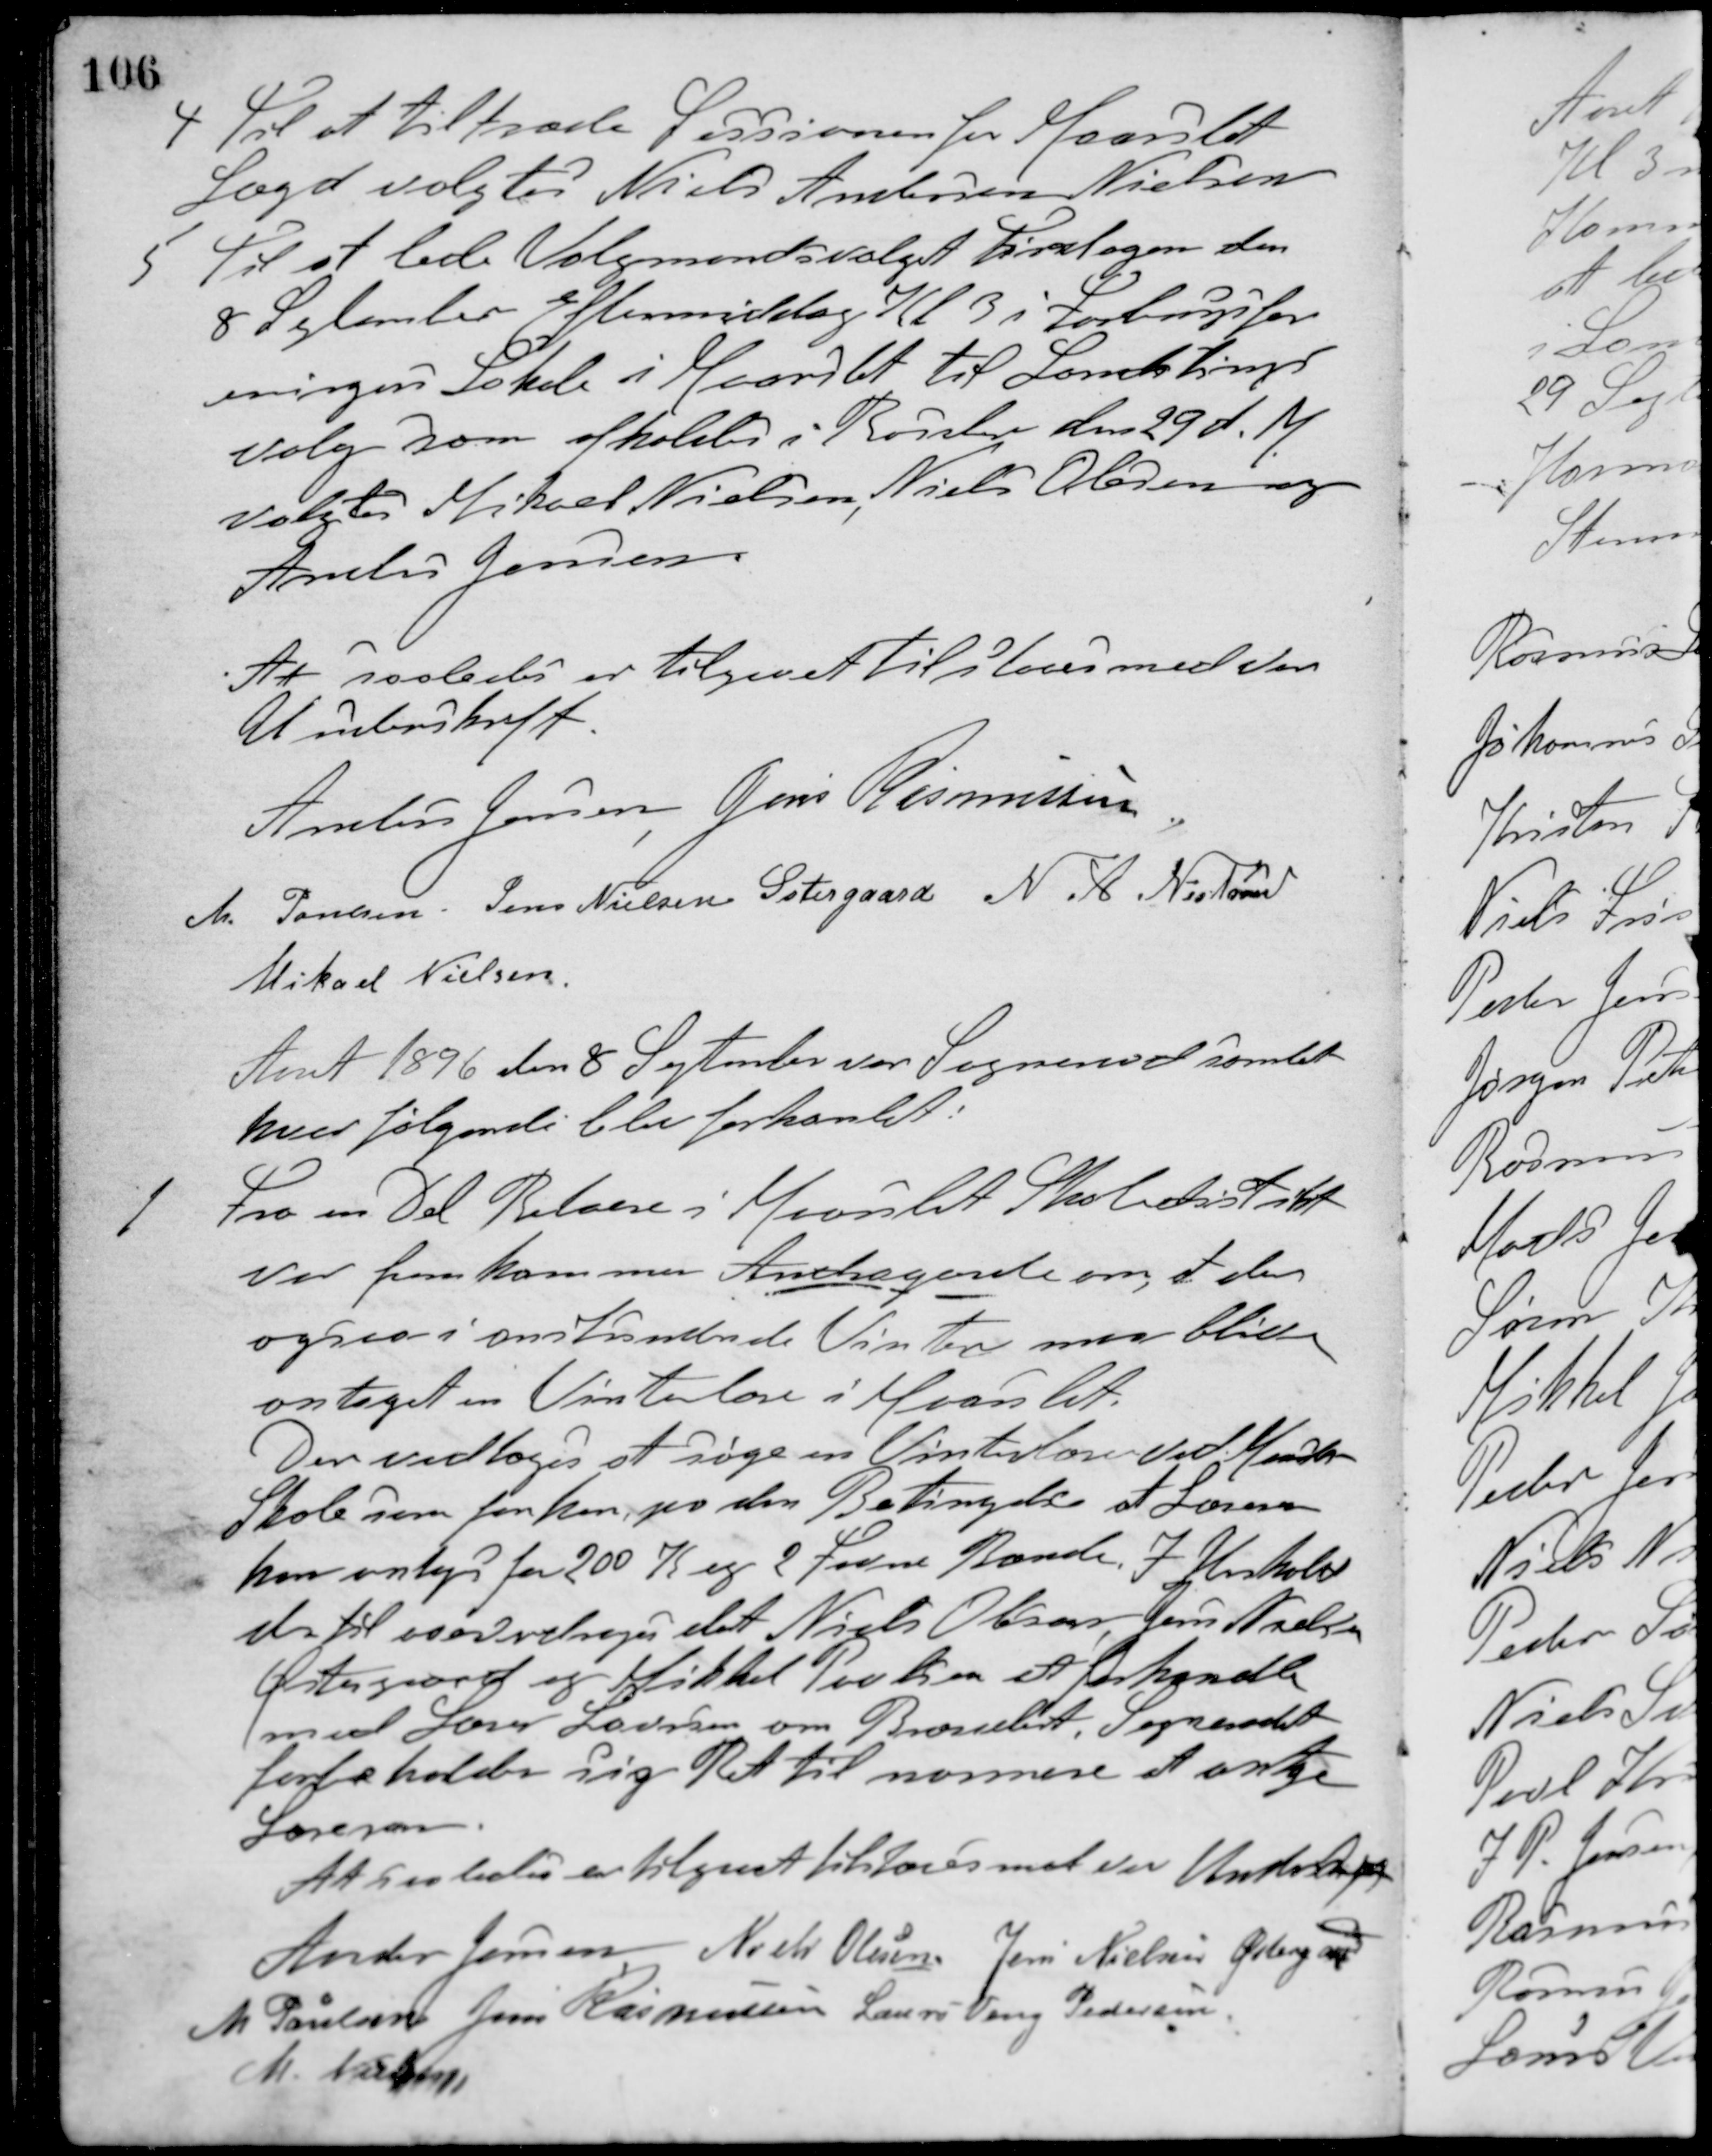
Transskription:
4 Til at tiltræde Sessionen for Maarslet
Lægd valgtes Niels Andersen Nielsen
5 Til at lede Valgmandsvalget Tirsdagen den
8 September Eftermiddag Kl. 3 i Testrups for-
eningers Lokale i Maarslet til Landstings-
valg som afholdes i Rosslev den 29 d. M.
valgtes Mikael Nielsen, Niels Olesen og
Anders Jensen.
At saaledes er tilgaaet tilstaaes med vor
Underskrift.
Anders Jensen Jens Rasmussen
M. Poulsen Jens Nielsen Østergaard N. A. Nielsen
Mikael Nielsen
Aaret 1896 den 8 September var Sogneraad samlet
hvor følgende blev forhandlet:
1 Fra en Del Beboere i Maarslet Skoledistrikt
var fremkommen Andragende om at der
ogsaa i anstundende Vinter maa blive
antaget en Vinterlære i Maarslet.
Der vedtoges at søge en Vinterlærer ved Maarslet
Skole som forhen, paa den Betingelse at Læreren
kan antages for 200 K og 2 Favne Brænde. I Henhold
dertil overdroges det Niels Olesen, Jens Nielsen
Østergaard og Mikkel Poulsen at forhandle
med Lærer Laursen om Brændet. Sogneraadet
forbeholder sig Ret til nærmere et antage
Læreren.
At saaledes er tilgaaet tilstaaes med vor Underskrift
Anders Jensen Niels Olesen Jens Nielsen Østergaard
M. Poulsen Jens Rasmussen Laurs Veng Pedersen
M. Nielsen